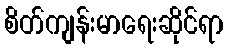
စိတ်ကျန်းမာရေးဆိုင်ရာ